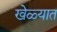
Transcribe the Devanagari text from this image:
खेळ्यात